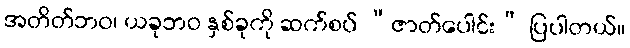
အတိတ်ဘဝ၊ ယခုဘဝ နှစ်ခုကို ဆက်စပ် “ဇာတ်ပေါင်း” ပြပါတယ်။